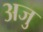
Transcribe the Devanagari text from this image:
अजु